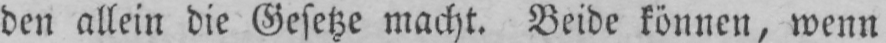
den allein die Gesetze macht. Beide können, wenn